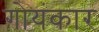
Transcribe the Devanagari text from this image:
गोयंकार